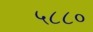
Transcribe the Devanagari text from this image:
५८८०